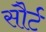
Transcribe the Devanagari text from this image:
सौर्ट